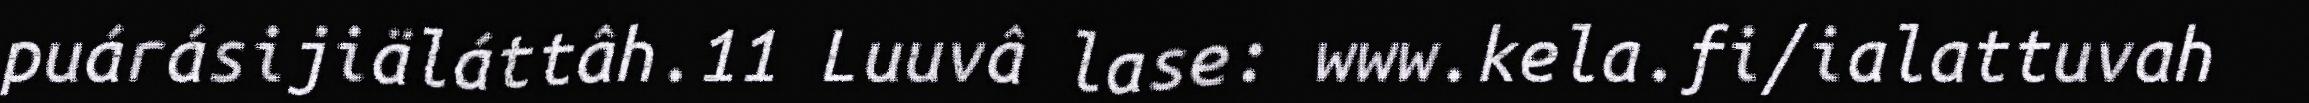
puárásijiäláttâh.11 Luuvâ lase: www.kela.fi/ialattuvah